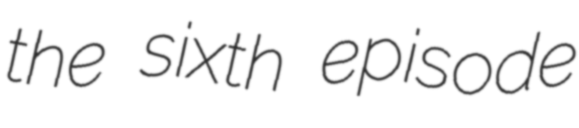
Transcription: the sixth episode